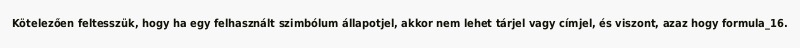
Kötelezően feltesszük, hogy ha egy felhasznált szimbólum állapotjel, akkor nem lehet tárjel vagy címjel, és viszont, azaz hogy formula_16.